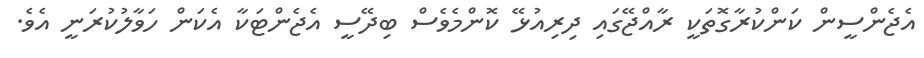
އެޖެންސީން ކަންކުރާގޮތަކީ ރާއްޖޭގައި ދިރިއުޅޭ ކޮންމެވެސް ބިދޭސީ އެޖެންޓަކާ އެކަން ހަވާލުކުރަނީ އެވެ.